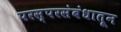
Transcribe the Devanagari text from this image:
परस्परसंबंधातून